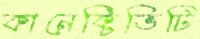
কানেক্টিভিটি